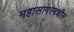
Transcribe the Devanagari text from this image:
महासागरमधील